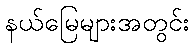
နယ်မြေများအတွင်း